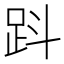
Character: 𧿫